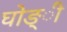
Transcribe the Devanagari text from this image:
घोङ्ी